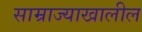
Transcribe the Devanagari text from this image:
साम्राज्याखालील